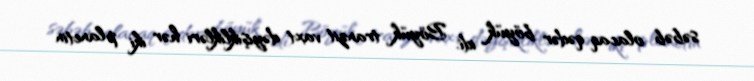
səbəb olacaq qədər böyük idi. Böyük tranzit vaxt dəyişiklikləri hər iki planetin